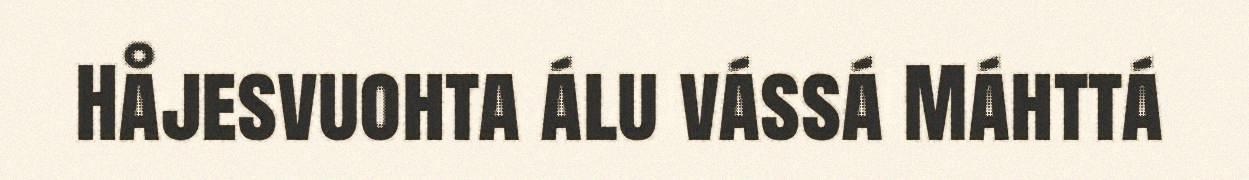
Håjesvuohta álu vássá Máhttá